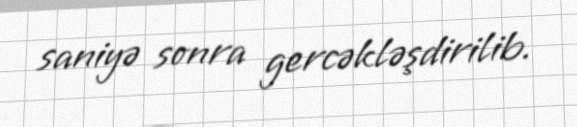
saniyə sonra gercəkləşdirilib.